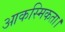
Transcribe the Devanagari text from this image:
आकस्मिकता।